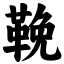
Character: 鞔